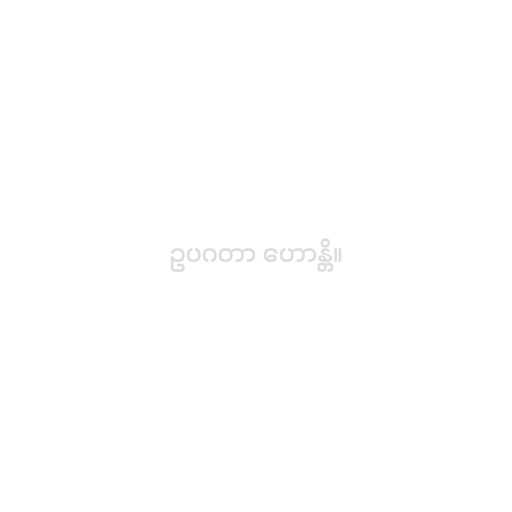
ဥပဂတာ ဟောန္တိ။